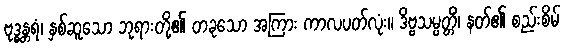
ဗုဒ္ဓန္တရံ၊ နှစ်ဆူသော ဘုရားတို့၏ တခုသော အကြား ကာလပတ်လုံး။ ဒိဗ္ဗသမ္ပတ္တိံ၊ နတ်၏ စည်းစိမ်